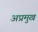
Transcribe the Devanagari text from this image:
अप्रमुख